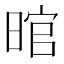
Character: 𱢍